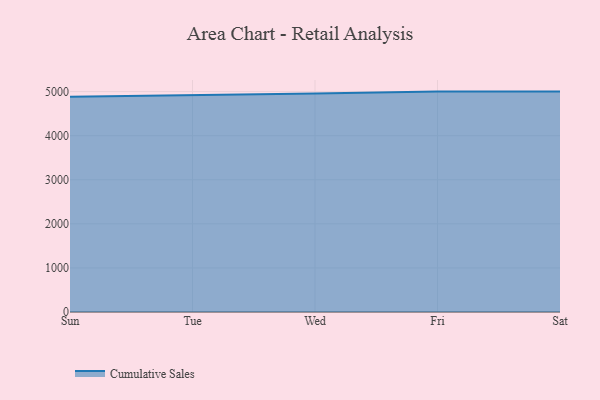
{"axis": {"x": "Day", "y": "Backlog"}, "legend": ["Cumulative Sales"], "data": [{"x": "Sun", "y": 4882.7, "type": "Cumulative Sales"}, {"x": "Tue", "y": 4927.6, "type": "Cumulative Sales"}, {"x": "Wed", "y": 4955.5, "type": "Cumulative Sales"}, {"x": "Fri", "y": 5000, "type": "Cumulative Sales"}, {"x": "Sat", "y": 5000, "type": "Cumulative Sales"}]}